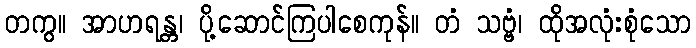
တကွ။ အာဟရန္တ၊ ပို့ဆောင်ကြပါစေကုန်။ တံ သဗ္ဗံ၊ ထိုအလုံးစုံသော